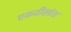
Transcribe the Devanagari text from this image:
एकवीसांश